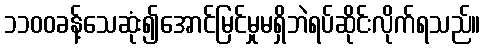
၁၁၀၀ခန့်သေဆုံး၍အောင်မြင်မှုမရှိဘဲရပ်ဆိုင်းလိုက်ရသည်။